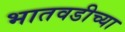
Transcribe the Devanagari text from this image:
भातवडीच्या